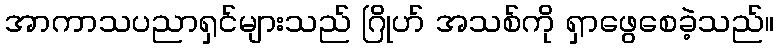
အာကာသပညာရှင်များသည် ဂြိုဟ် အသစ်ကို ရှာဖွေစေခဲ့သည်။